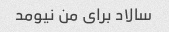
سالاد برای من نیومد